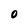
Character: O